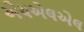
એચએલએલ